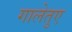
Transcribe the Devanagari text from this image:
गालेतुए